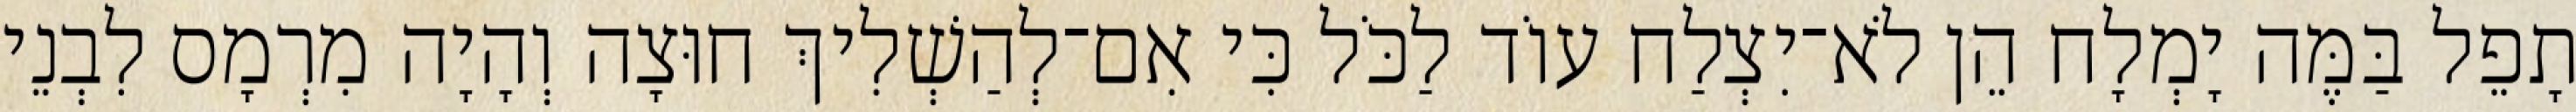
תָפֵל בַּמֶּה יָמְלָח הֵן לֹא־יִצְלַח עוֹד לַכֹּל כִּי אִם־לְהַשְׁלִיךְ חוּצָה וְהָיָה מִרְמָס לִבְנֵי